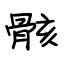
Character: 骸